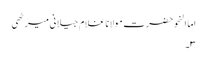
اما النحو حضرت مولانا غلام جیلانی میرٹھی
۳۔